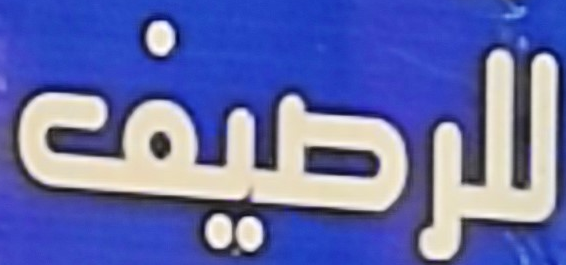
للرصيف